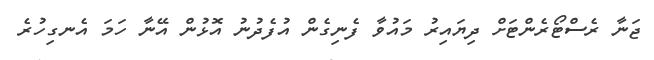
ޖަނާ ރެސްޓޯރެންޓަށް ދިޔައިރު މައުވާ ފެނިގެން އުފެދުނު އޮޅުން އޭނާ ހަމަ އެނގިހުރެ